Report of the veterinary officer investigating camel disease
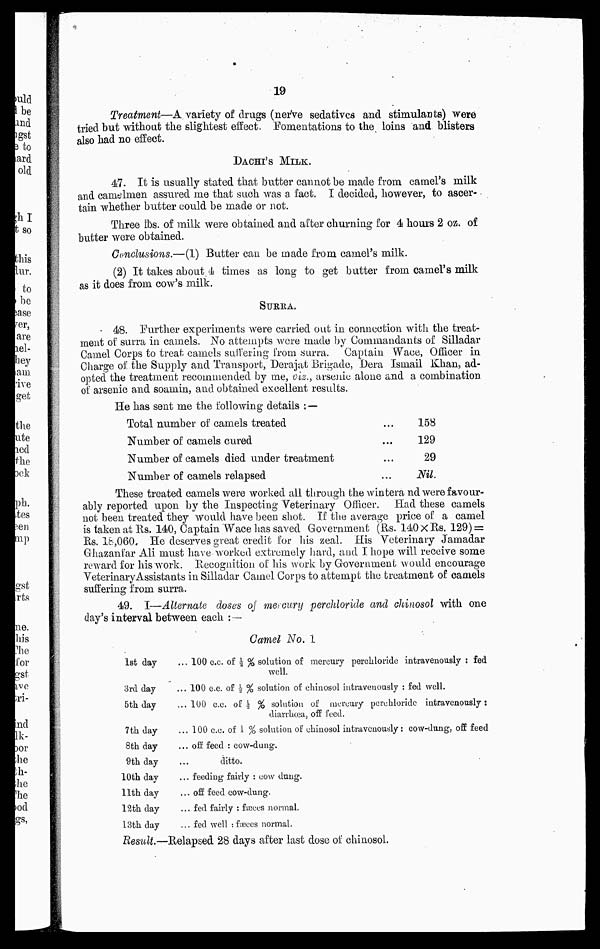
19
Treatment—A variety of drags (nerve sedatives and stimulants) were
tried but without the slightest effect Fomentations to the loins and blisters
also had no effect.
DACHI'S MILK.
47. It is usually stated that butter cannot be made from camel's milk
and camelmen assured me that such was a fact. I decided, however, to ascer-
tain whether butter could be made or not.
Three lbs. of milk were obtained and after churning for 4 hours 2 oz. of
butter were obtained.
Conclusions.—(1) Butter can be made from camel's milk.
(2) It takes about 4 times as long to get batter from camel's milk
as it does from cow's milk.
SURRA.
48. Further experiments were carried out in connection with the treat-
ment of surra in camels. No attempts were made by Commandants of Silladar
Camel Corps to treat camels suffering from surra. Captain Wace, Officer in
Charge of the Supply and Transport, Derajat Brigade, Dera Ismail Khan, ad-
opted the treatment recommended by me, viz., arsenic alone and a combination
of arsenic and soamin, and obtained excellent results.
He has sent me the following details : —
Total number of camels treated
Number of camels cured
Number of camels died under treatment
Number of camels relapsed
...
...
...
...
158
129
29
Nil
These treated camels were worked all through the winter and were favour-
ably reported upon by the Inspecting Veterinary Officer. Had these camels
not been treated they would have been shot. If the average price of a camel
is taken at Rs.140, Captain Wace has saved Government (Rs. 140 × Rs. 129) =
Rs. l8,060. He deserves great credit for his zeal. His Veterinary Jamadar
Ghazanfar Ali must have worked extremely hard, and I hope will receive some
reward for his work. Recognition of his work by Government would encourage
Veterinary Assistants in Silladar Camel Corps to attempt the treatment of camels
suffering from surra.
49. I—Alternate doses of mercury perchloride and chinosol with one
day's interval between each :—
Camel No. 1
1st day
3rd day
5th day
7 th day
8th day
9th day
10th day
11th day
12th day
13th day
Result.—
... 100 c.c. of ½ % solution of mercury perchloride intravenously : fed
well.
... 100 c.c. of ½ % solution of chinosol intravenously : fed well.
...100 c.c. of ½ % solution of mercury perchloride intravenously :
diarrhoea, off feed.
... 100 c.c. of 1 % solution of chinosol intravenously: cow-dung, off feed
... off feed : cow-dung.
ditto.
... feeding fairly : cow dung.
... off feed cow-dung.
... fed fairly : fæces normal.
... fed well : fæces normal.
Relapsed 28 days after last dose of chinosol.